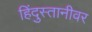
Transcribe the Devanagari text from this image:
हिंदुस्तानीवर